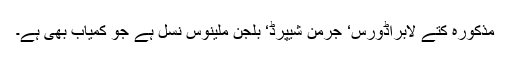
مذکورہ کتے لابراڈورس‘ جرمن شیپرڈ‘ بلجن ملینوس نسل ہے جو کمیاب بھی ہے۔